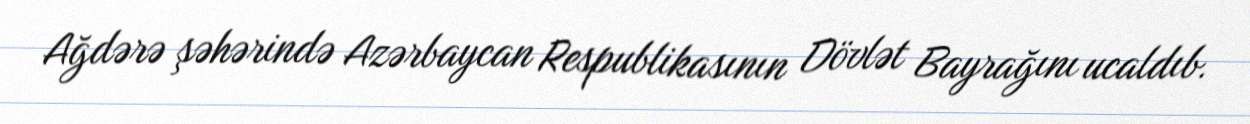
Ağdərə şəhərində Azərbaycan Respublikasının Dövlət Bayrağını ucaldıb.